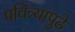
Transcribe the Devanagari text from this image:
पवित्र्यापुढे